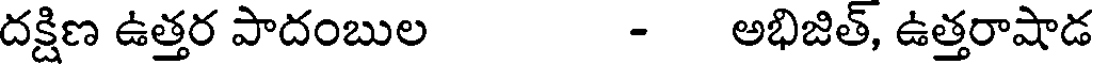
దక్షిణ ఉత్తర పాదంబుల - అభిజిత్, ఉత్తరాషాడ